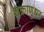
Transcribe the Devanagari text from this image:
शक्राणुधर